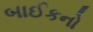
બાઈકનો